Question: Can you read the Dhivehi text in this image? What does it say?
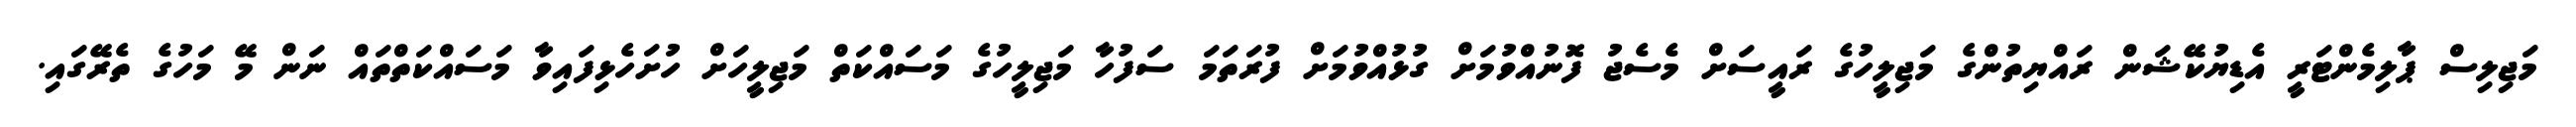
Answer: މަޖިލިސް ޕާލިމެންޓަރީ އެޑިޔުކޭޝަން ރައްޔިތުންގެ މަޖިލީހުގެ ރައީސަށް މެސެޖު ފޮނުއްވުމަށް ގުޅުއްވުމަށް ފުރަތަމަ ސަފުހާ މަޖިލީހުގެ މަސައްކަތް މަޖިލީހަށް ހުށަހެޅިފައިވާ މަސައްކަތްތައް ނަން މޭ މަހުގެ ތެރޭގައި.